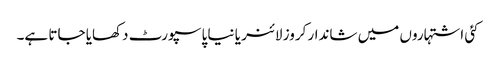
کئی اشتہاروں میں شاندار کروز لائنر یا نیا پاسپورٹ دکھایا جاتا ہے۔